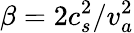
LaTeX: \beta=2c_{s}^{2}/v_{a}^{2}